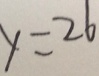
y = 2 6